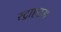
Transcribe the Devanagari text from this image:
स्ट्राएटम